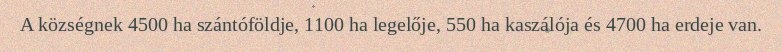
A községnek 4500 ha szántóföldje, 1100 ha legelője, 550 ha kaszálója és 4700 ha erdeje van.